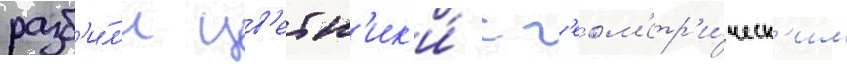
разб'и́л'и цв'етн'ик'и́ с г'еом'етр'и́ческ'им